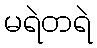
မရဲတရဲ